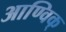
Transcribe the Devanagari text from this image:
आण्विक्